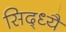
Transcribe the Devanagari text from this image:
सिद्ध्यै